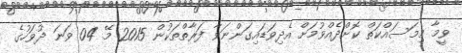
ވީމާ މިމަަސައްކަތް ކޮށްދެއްވުމަށް އެދިވަޑައިގަންނަވާ ފަރާތްތަކުން 2015 މޭ 04 ވަނަ ދުވަހުގެ